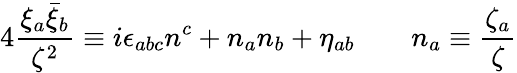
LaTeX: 4\frac{\xi_{a}\bar{\xi}_{b}}{\zeta^{2}}\equiv i\epsilon_{abc}n^{c}+n_{a}n_{b}+\eta_{ab}\qquad n_{a}\equiv\frac{\zeta_{a}}{\zeta}